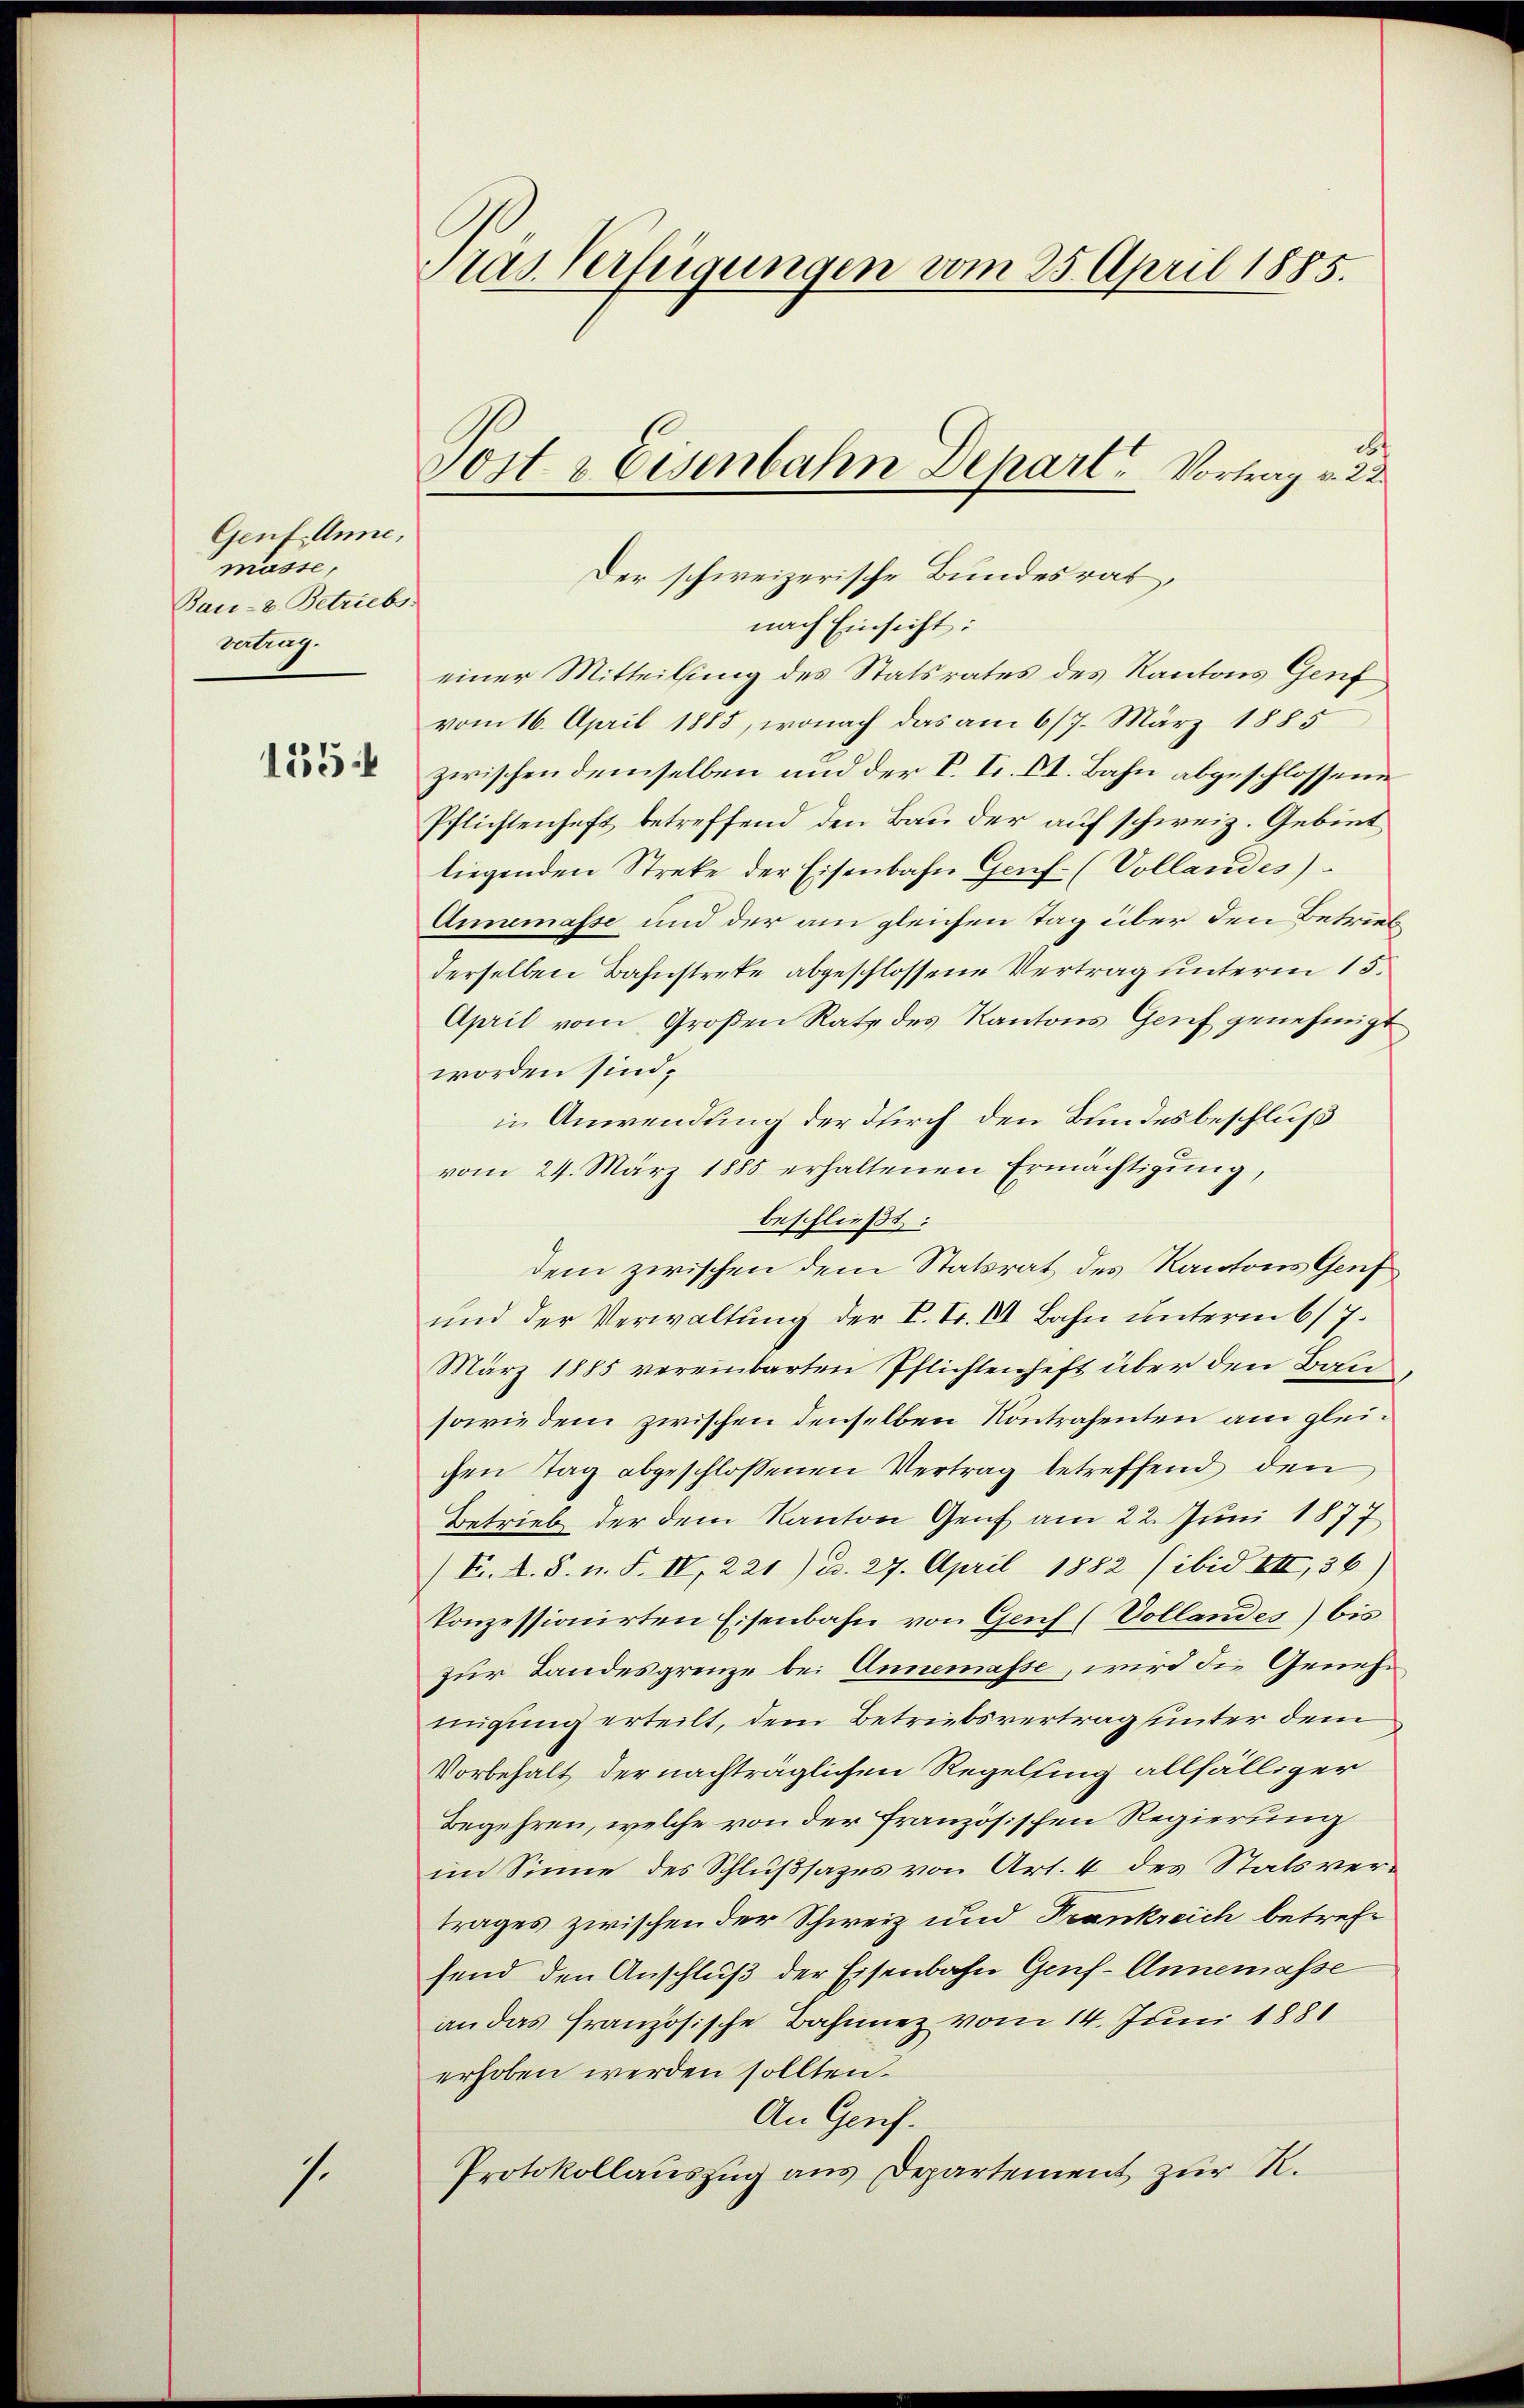
Genf. Anne,
masse,
Bau- u. Betriebs
vetrag.

155

1.

rad. Verfügungen vom 25. April 1885.

d
Der schweizerische Bundesrat,
nach Einsicht:
einer Mitteilung des Statsrates des Kantons Genf
vom 16. April 1885, wonach das am 6/7. März 1885
zwischen demselben und der V. Sr. Dr. Bahn abgeschlossene
Pflichtenheft betreffend den Bau der auf schweiz. Gebiet
liegenden Streke der Eisenbahn Genf. (Vollandes)
Annemasse und der am gleichen Tag über den Betrieb
derselben Bahnstrete abgeschlossene Vertrag unterm 15.
April vom Großen Rate des Kantons Genf genehmigt
worden sind,
in Anwendung der durch den Bundesbeschluß
vom 24. März 1885 erhaltenen Ermächtigung,
beschließt:
dem zwischen dem Statsrat des Kantons Genf
und der Verwaltung der K. Fr. VII Bahn unterm 6/7.
März 1885 vereinbarten Pflichtenheft über den Bau¬
sowie dem zwischen denselben Kontrahenten am gleichen Tag abgeschlossenen Vertrag betreffend den
Betrieb der dem Kanton Genf am 22. Juni 1877
/F. A. S. n. F. IV, 221) u. 27. April 1882 (ibid. VII, 36)
konzessionirten Eisenbahn von Genf (Vollandes) bis
zur Landesgrenze bei Annemasse, wird die Genehmigung erteilt, dem Betriebsvertrag unter dem
Vorbehalt der nachträglichen Regelsing allfälliger
Begehren, welche von der französischen Regierung
im Sinne des Schlußsazes von Art. 4 des Statsvertrages zwischen der Schweiz und Frankreich betrefe
send den Anschluß der Eisenbahn Genf - Annemasse
an das französische Bahnnez vom 14. Juni 1881
erhoben werden sollten.
An Genf.
Protokollauszug aus Departement zur R.

Fort & Eisenbahn Depart. Vortrag v. 22.